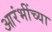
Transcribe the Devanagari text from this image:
आरंभींच्या